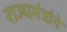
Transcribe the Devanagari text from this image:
राज्यमंत्रांने